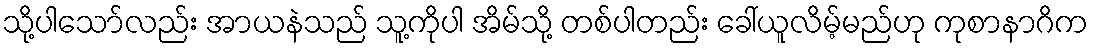
သို့ပါသော်လည်း အာယနဲသည် သူ့ကိုပါ အိမ်သို့ တစ်ပါတည်း ခေါ်ယူလိမ့်မည်ဟု ကုစာနာဂိက